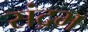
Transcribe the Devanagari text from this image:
संद्रभ